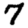
Digit: 7